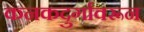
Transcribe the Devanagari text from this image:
कनकदुर्गावरून